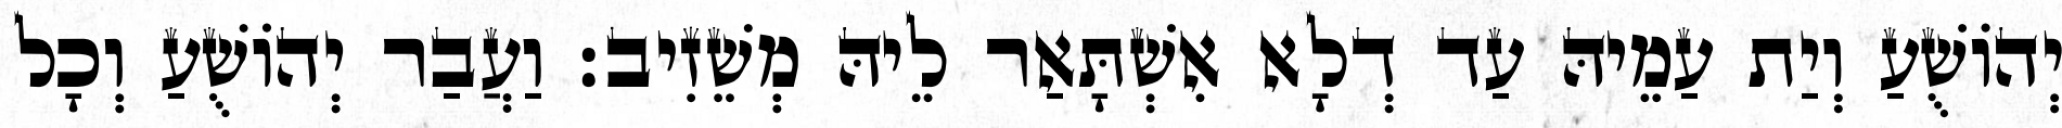
יְהוֹשֻׁעַ וְיַת עַמֵיהּ עַד דְלָא אִשְׁתָּאַר לֵיהּ מְשֵׁזִיב׃ וַעֲבַר יְהוֹשֻׁעַ וְכָל